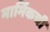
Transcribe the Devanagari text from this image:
मार्मिकची